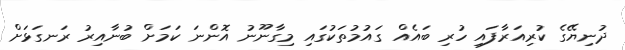
ދުނިޔޭގެ ކުރިއަރާފައި ހުރި ބައެއް ގައުމުތަކުގައި މިގާނޫނު އޮންނަ ކަމަށް ބުނާއިރު ރަނގަޅަށް